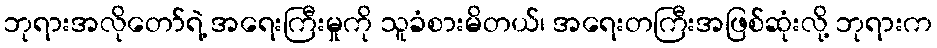
ဘုရားအလိုတော်ရဲ့ အရေးကြီးမှုကို သူခံစားမိတယ်၊ အရေးတကြီးအဖြစ်ဆုံးလို့ ဘုရားက